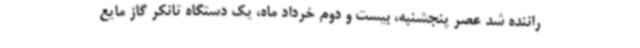
راننده شد عصر پنجشنبه، بیست و دوم خرداد ماه، یک دستگاه تانکر گاز مایع